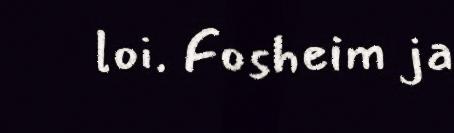
loi. Fosheim ja